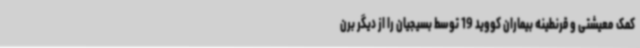
کمک معیشتی و قرنطینه بیماران کووید 19 توسط بسیجیان را از دیگر برن